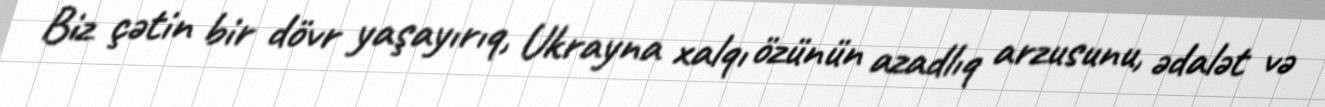
Biz çətin bir dövr yaşayırıq, Ukrayna xalqı özünün azadlıq arzusunu, ədalət və